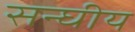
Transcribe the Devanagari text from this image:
सन्घीय